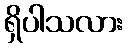
ရှိပါသလား